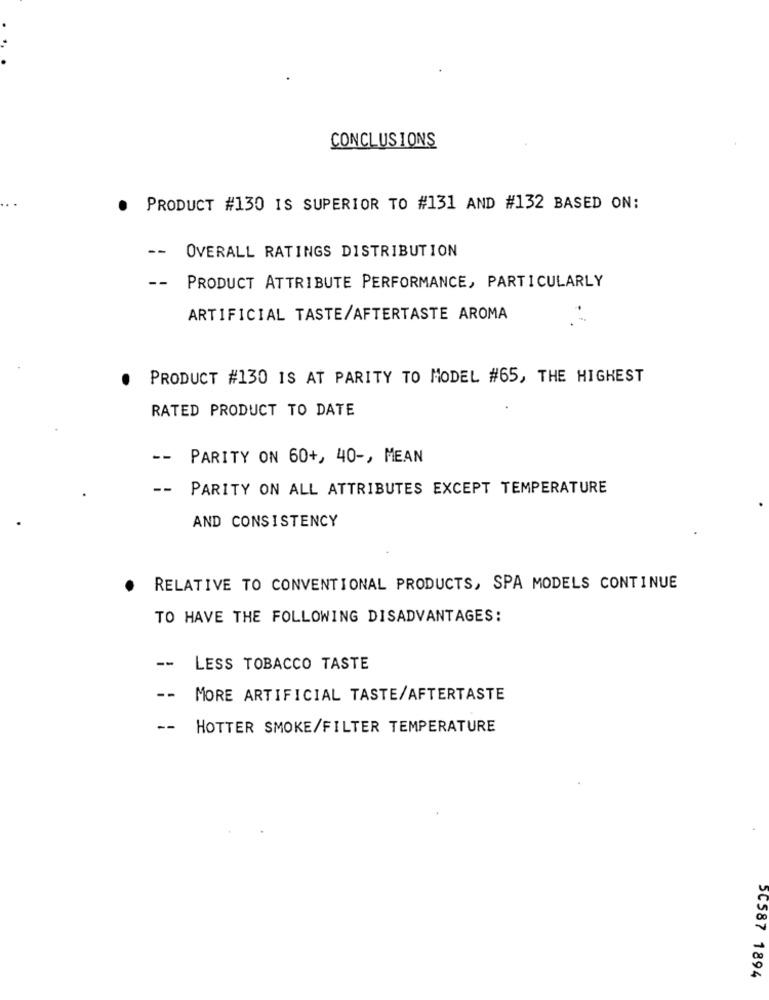
CONCLUSIONS
PRODUCT #130 IS SUPERIOR TO #131 AND #132 BASED ON:
--
OVERALL RATINGS DISTRIBUTION
--
PRODUCT ATTRIBUTE PERFORMANCE, PARTICULARLY
ARTIFICIAL TASTE/AFTERTASTE AROMA
PRODUCT #130 IS AT PARITY TO MODEL #65, THE HIGHEST
RATED PRODUCT TO DATE
--
PARITY ON 60+, 40 -, MEAN
--
PARITY ON ALL ATTRIBUTES EXCEPT TEMPERATURE
AND CONSISTENCY
RELATIVE TO CONVENTIONAL PRODUCTS, SPA MODELS CONTINUE
TO HAVE THE FOLLOWING DISADVANTAGES:
--
LESS TOBACCO TASTE
--
MORE ARTIFICIAL TASTE/AFTERTASTE
--
HOTTER SMOKE/FILTER TEMPERATURE
5C587 1894